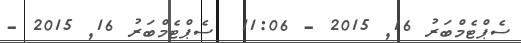
ސެޕްޓެމްބަރު 16